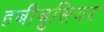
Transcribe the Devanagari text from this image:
हबीबुसियर